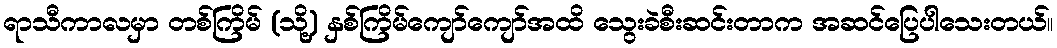
ရာသီကာလမှာ တစ်ကြိမ် (သို့) နှစ်ကြိမ်ကျော်ကျော်အထိ သွေးခဲစီးဆင်းတာက အဆင်ပြေပါသေးတယ်။